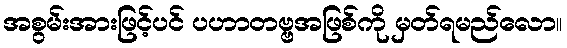
အစွမ်းအားဖြင့်ပင် ပဟာတဗ္ဗအဖြစ်ကို မှတ်ရမည်လော။